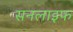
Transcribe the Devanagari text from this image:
सनलाइफ